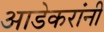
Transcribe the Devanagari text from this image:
आडेकरांनी